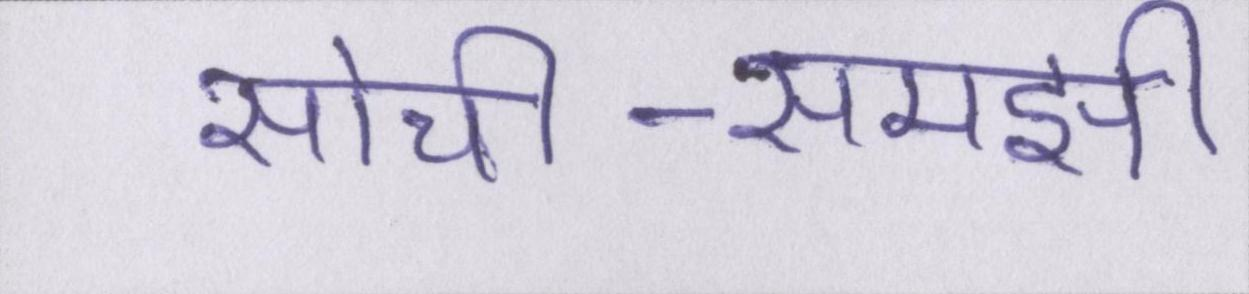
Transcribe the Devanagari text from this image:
सोची-समझी